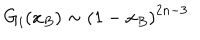
G _ { i } ( x _ { B } ) \sim \left( 1 - x _ { B } \right) ^ { 2 n - 3 }